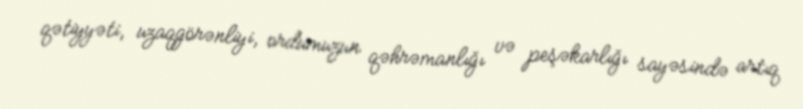
qətiyyəti, uzaqgörənliyi, ordumuzun qəhrəmanlığı və peşəkarlığı sayəsində artıq